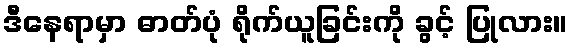
ဒီနေရာမှာ ဓာတ်ပုံ ရိုက်ယူခြင်းကို ခွင့် ပြုလား။